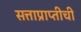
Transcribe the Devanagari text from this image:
सत्ताप्राप्तीची